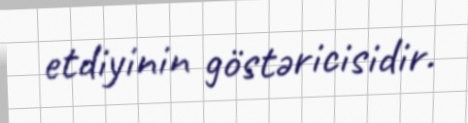
etdiyinin göstəricisidir.